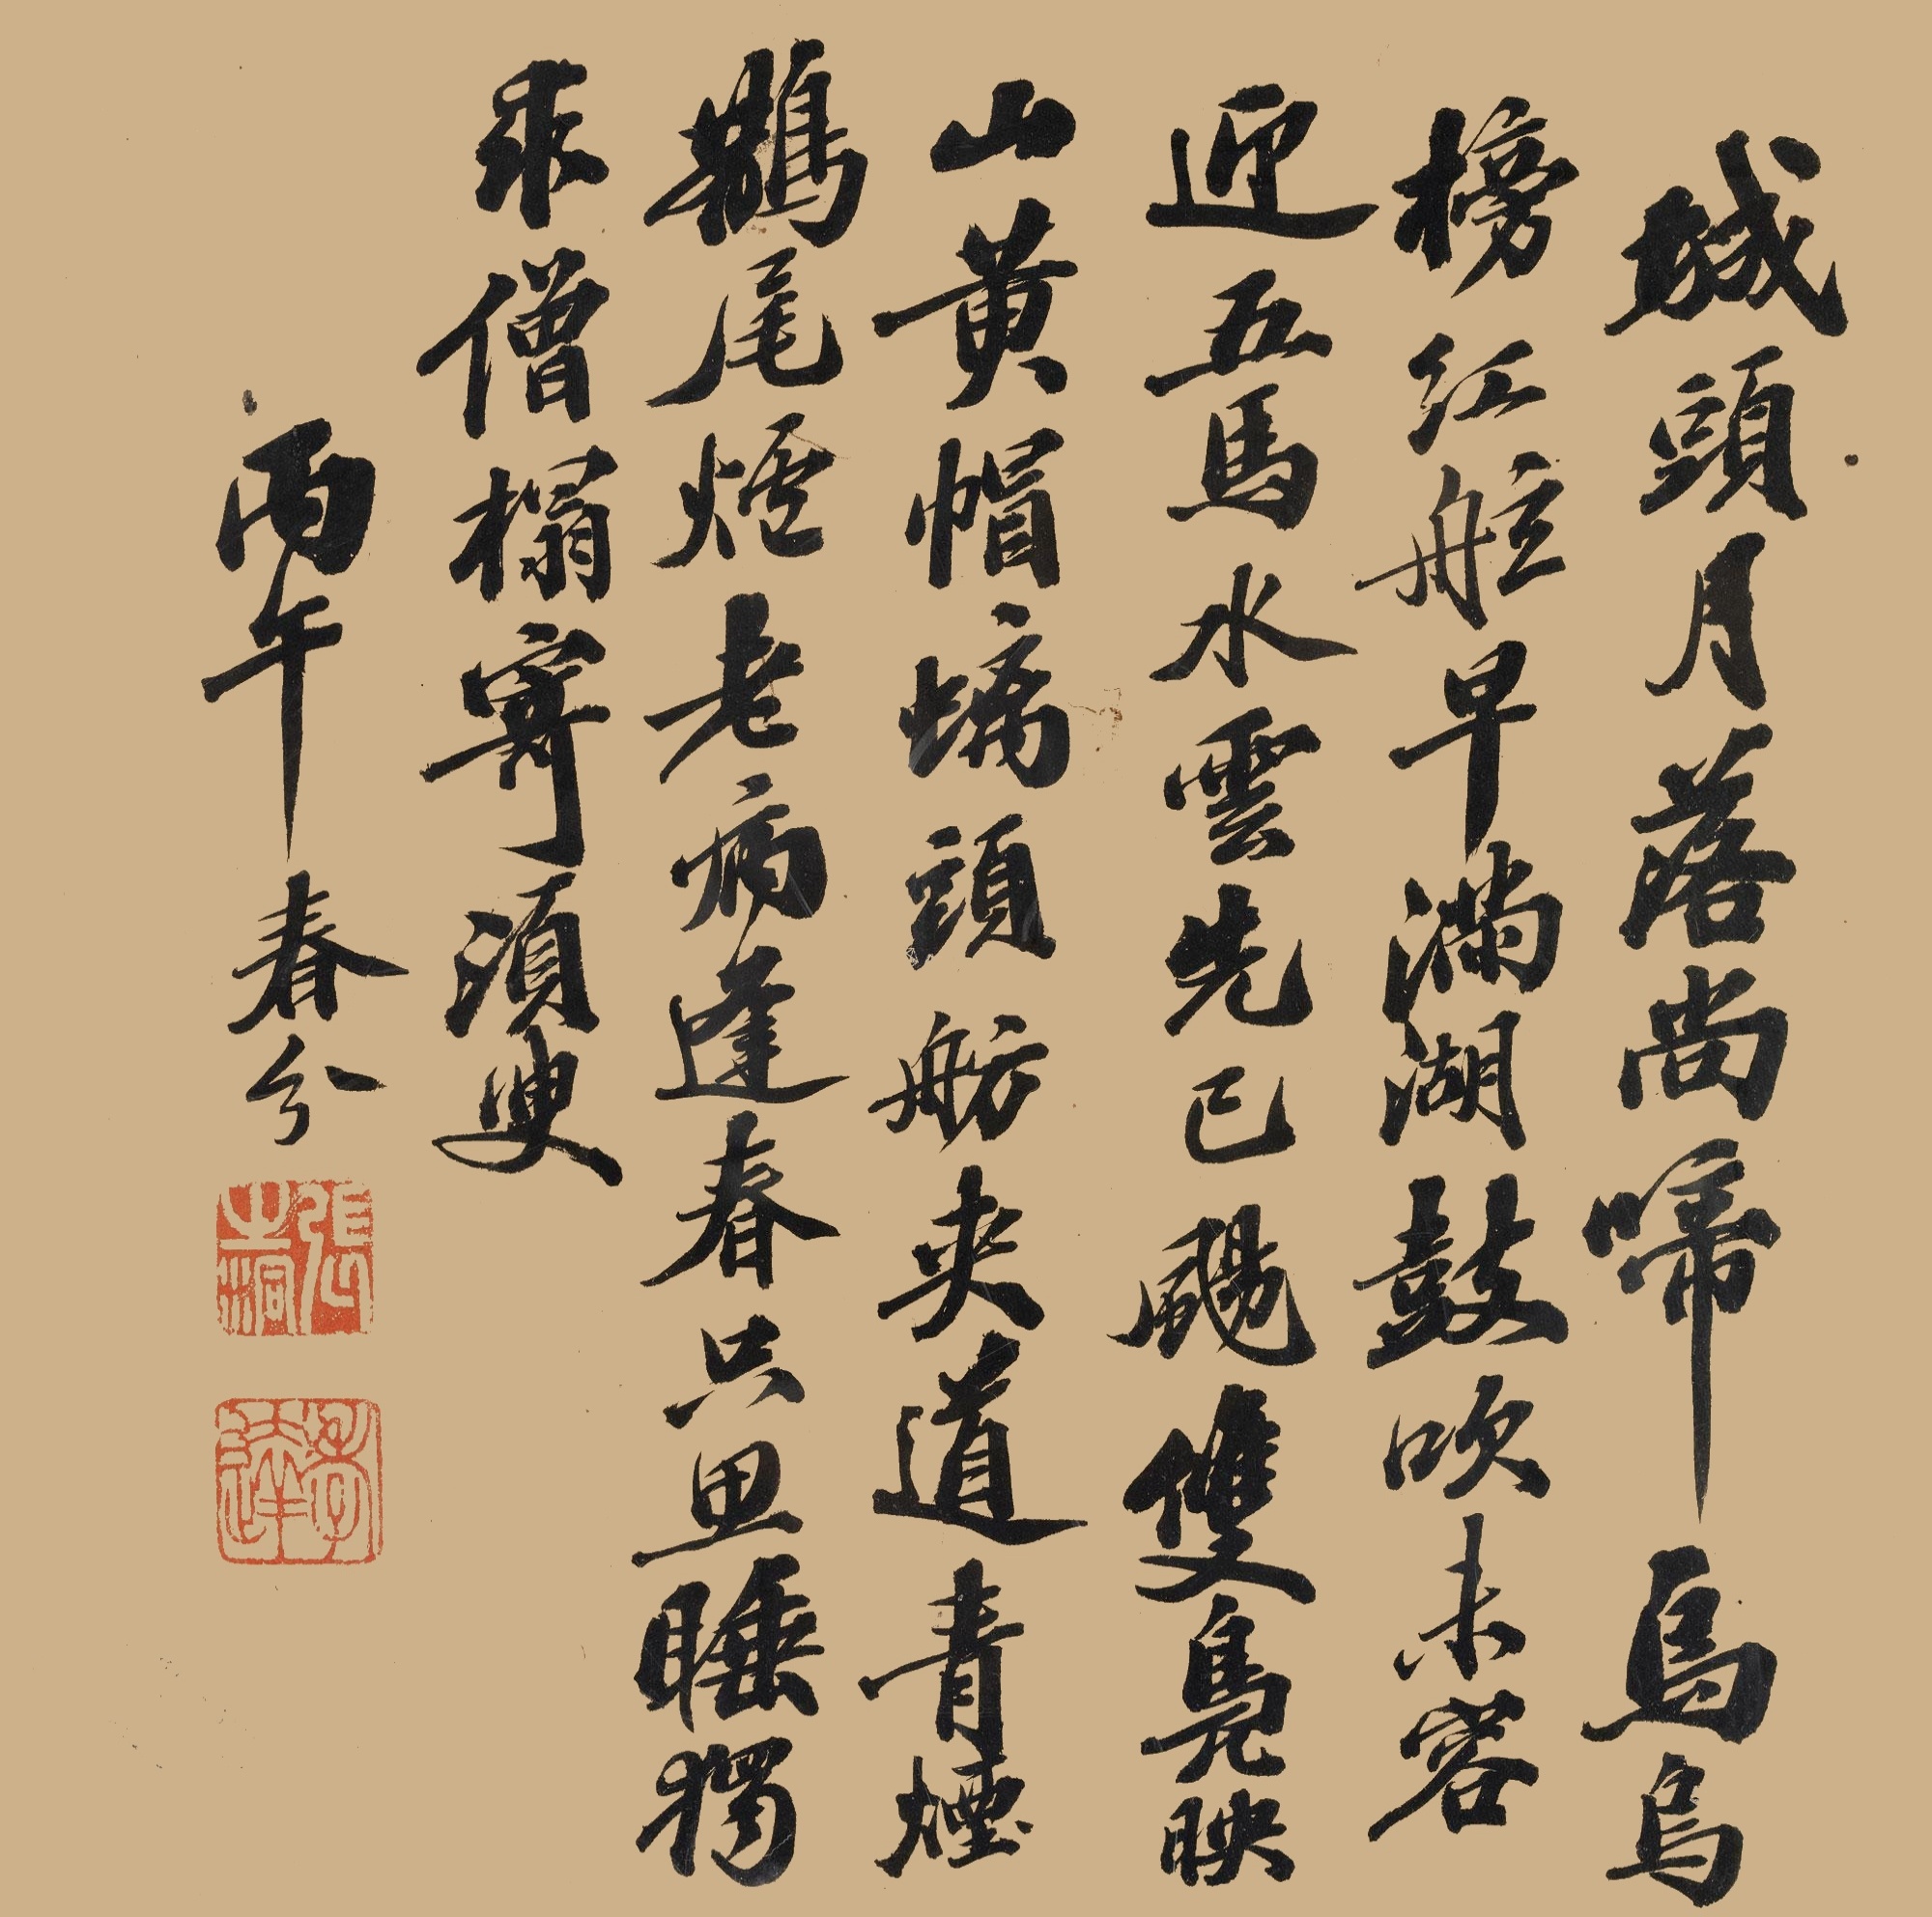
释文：城头月落尚啼乌，乌榜红舷早满湖。鼓吹未容迎五马，水云先已飏双凫。映山黄帽螭头舫，夹道青烟鹊尾炉。老病逢春只思睡，独求僧榻寄须臾。丙午春分。